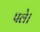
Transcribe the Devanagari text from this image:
पले।